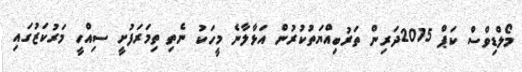
މޯލްޑިވްސް ކަޕް 2015ދަރިން ތަރުބިއްޔަތުކުރުން އަޅާލާނެ މީހަކު ނެތި ތިމަރަފުށީ ސިއްހީ މަރުކަޒުގައި